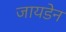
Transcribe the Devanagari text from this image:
जायडेन